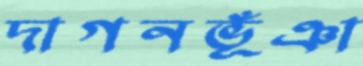
দাগনভূঁঞা